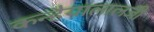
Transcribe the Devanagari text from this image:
कन्हैयालालजी